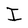
Character: I